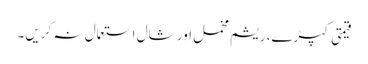
قیمتی کپڑے، ریشم مخمل اور شال استعمال نہ کریں۔